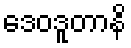
ဒေဝဒူတာနိ